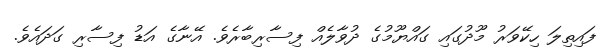
ފައިތިލަ ހިކޭވަރު މޫދުގައި ގައްޔޫމުގެ ދުވާލެއް ފިސާރިބާރެވެ. އޭނާގެ އަޑު ފިސާރި ގަދައެވެ.